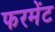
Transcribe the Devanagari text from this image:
फरमेंट